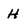
Character: H